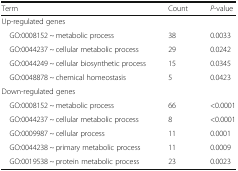
<table><thead><tr><td><b>Term</b></td><td><b>Count</b></td><td><b><i>P</i>-value</b></td></tr></thead><tbody><tr><td colspan="3">Up-regulated genes</td></tr><tr><td> GO:0008152 ~ metabolic process</td><td>38</td><td>0.0033</td></tr><tr><td> GO:0044237 ~ cellular metabolic process</td><td>29</td><td>0.0242</td></tr><tr><td> GO:0044249 ~ cellular biosynthetic process</td><td>15</td><td>0.0345</td></tr><tr><td> GO:0048878 ~ chemical homeostasis</td><td>5</td><td>0.0423</td></tr><tr><td colspan="3">Down-regulated genes</td></tr><tr><td> GO:0008152 ~ metabolic process</td><td>66</td><td>&lt;0.0001</td></tr><tr><td> GO:0044237 ~ cellular metabolic process</td><td>8</td><td>&lt;0.0001</td></tr><tr><td> GO:0009987 ~ cellular process</td><td>11</td><td>0.0001</td></tr><tr><td> GO:0044238 ~ primary metabolic process</td><td>11</td><td>0.0009</td></tr><tr><td> GO:0019538 ~ protein metabolic process</td><td>23</td><td>0.0023</td></tr></tbody></table>